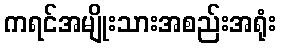
ကရင်အမျိုးသားအစည်းအရုံး